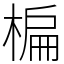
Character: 楄